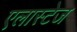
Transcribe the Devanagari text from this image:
एलास्टेज